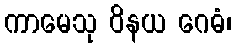
ကာမေသု ဝိနယ ဂေဓံ၊